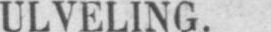
ULVELING.